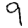
Digit: 9